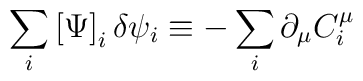
\sum_{i}\left[ \Psi \right] _{i}\delta \psi _{i}\equiv -\sum_{i}\partial_{\mu }C_{i}^{\mu }